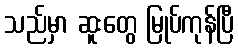
သည်မှာ ဆူးတွေ မြုပ်ကုန်ပြီ